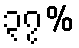
၃၇%